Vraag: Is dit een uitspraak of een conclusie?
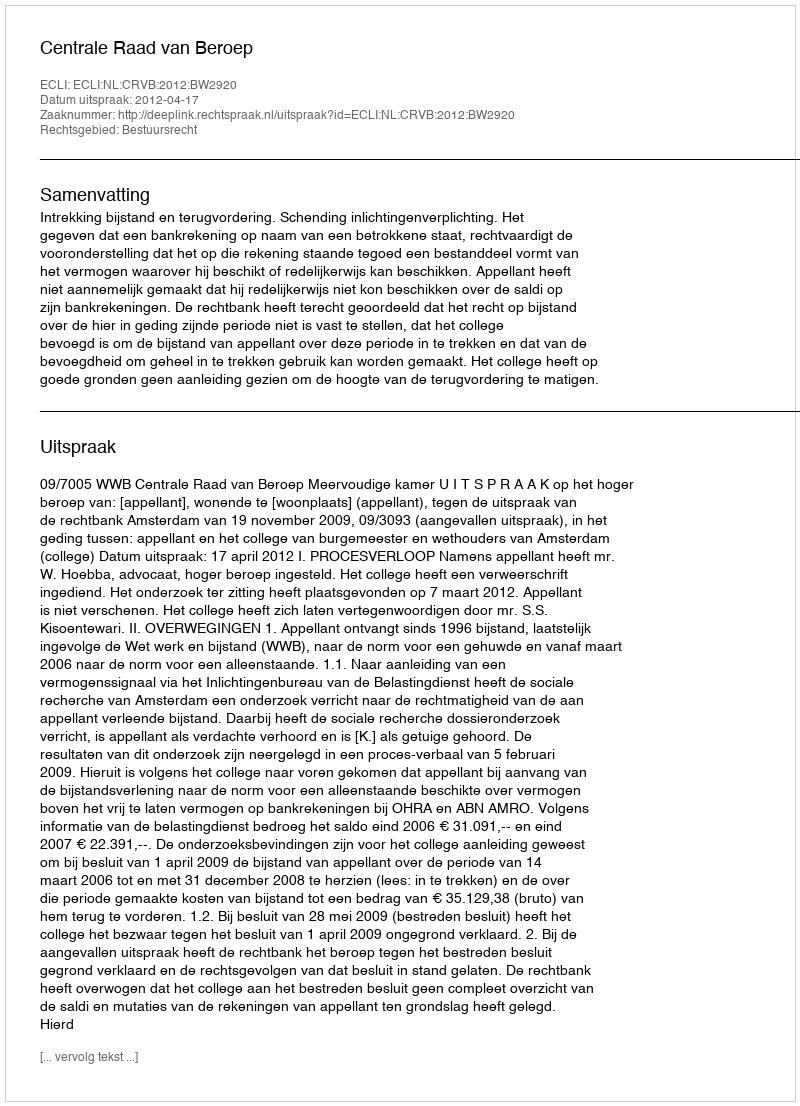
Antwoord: Uitspraak